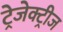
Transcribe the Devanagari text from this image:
ट्रेजेक्ट्रीज